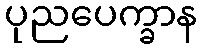
ပုညပေက္ခာန